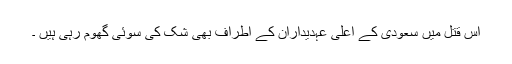
اس قتل میں سعودی کے اعلی عہدیداران کے اطراف بھی شک کی سوئی گھوم رہی ہیں ۔